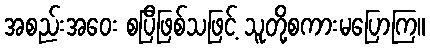
အစည်းအဝေး စပြီဖြစ်သဖြင့် သူတို့စကားမပြောကြ။